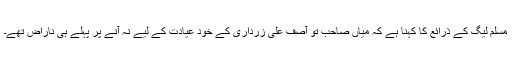
مسلم لیگ کے ذرائع کا کہنا ہے کہ میاں صاحب تو آصف علی زرداری کے خود عیادت کے لیے نہ آنے پر پہلے ہی ناراض تھے۔